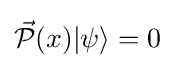
{\vec {\mathcal {P}}}(x)|\psi \rangle =0